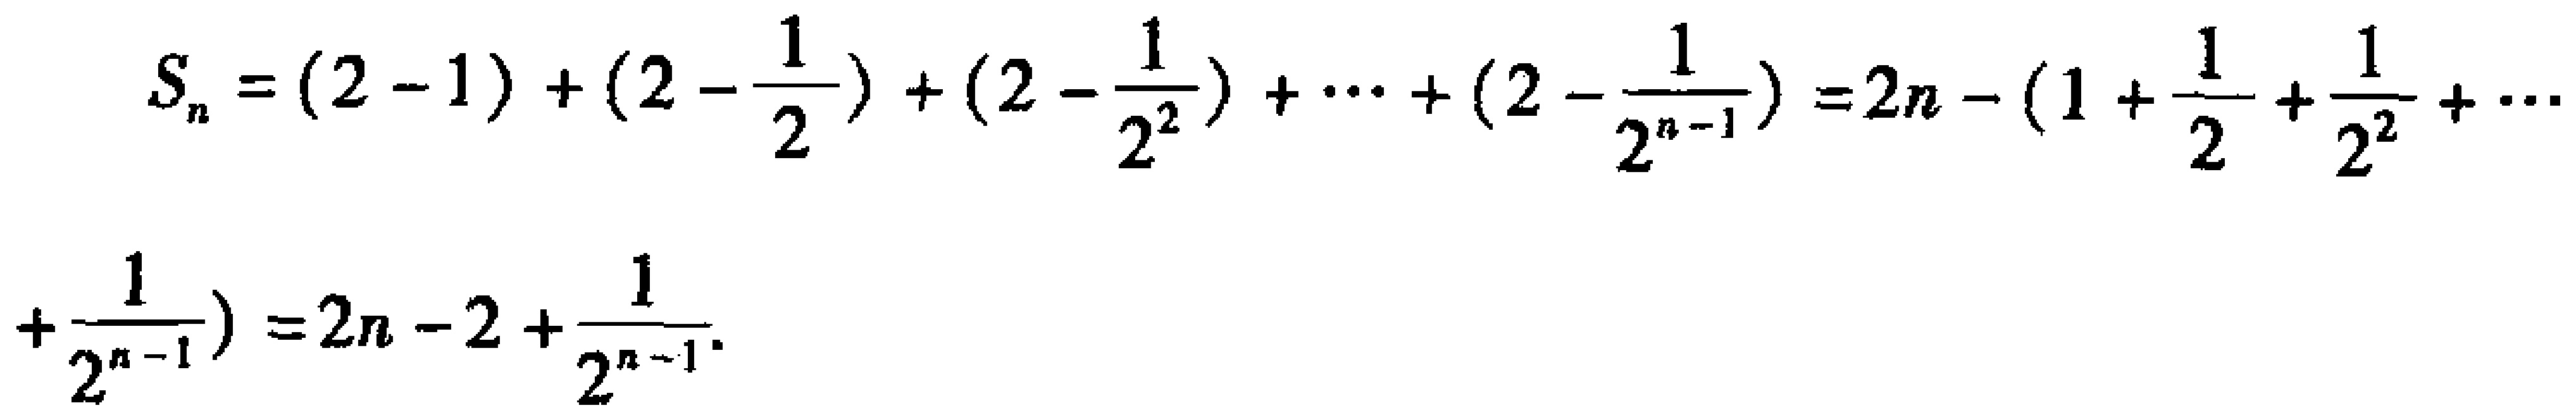
\[

\begin{align*}

S_{n}&=(2 - 1)+(2-\frac{1}{2})+(2-\frac{1}{2^{2}})+\cdots+(2-\frac{1}{2^{n - 1}})=2n-(1+\frac{1}{2}+\frac{1}{2^{2}}+\cdots\\

&+\frac{1}{2^{n - 1}})=2n - 2+\frac{1}{2^{n - 1}}

\end{align*}

\]